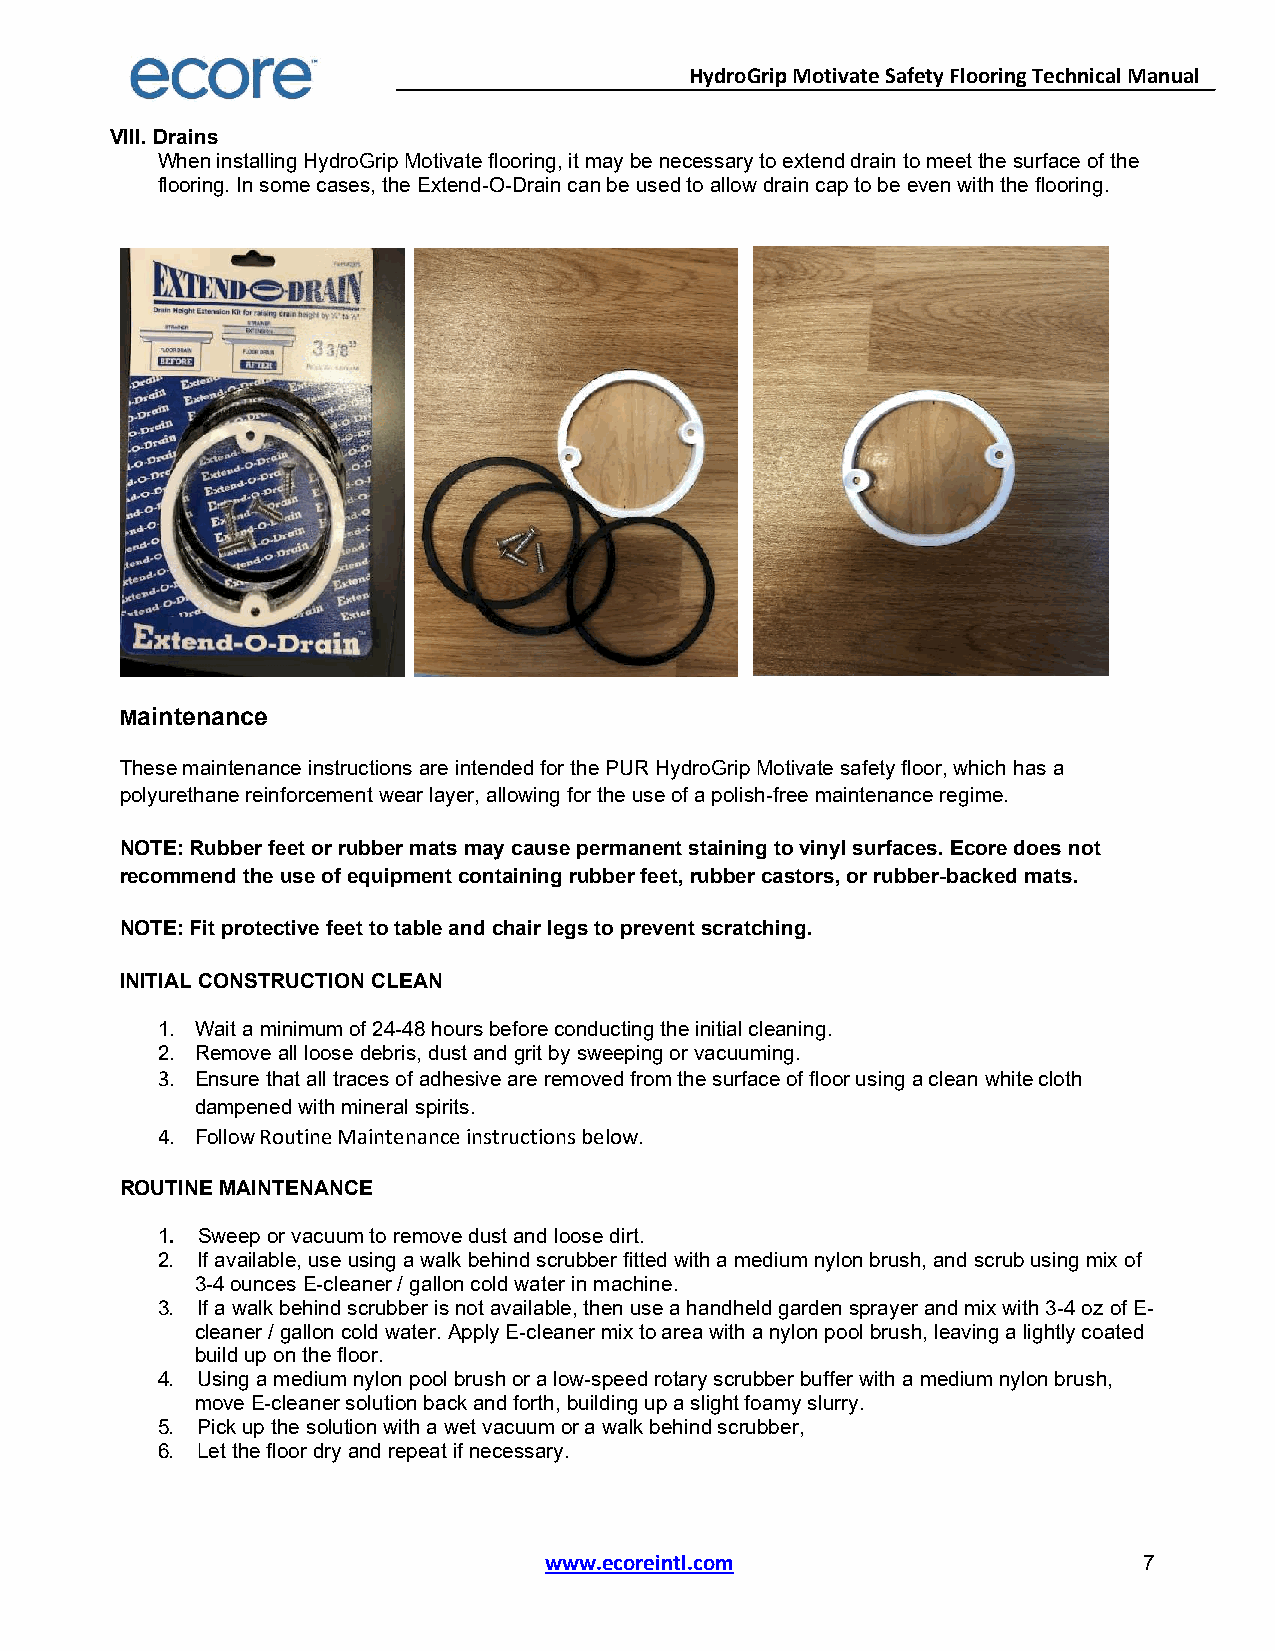
HydroGrip Motivate Safety Flooring Technical Manual
 VIII. Drains
 When installing HydroGrip Motivate flooring, it may be necessary to extend drain to meet the surface of the
 flooring. In some cases, the Extend-O-Drain can be used to allow drain cap to be even with the flooring.
 Maintenance
 These maintenance instructions are intended for the PUR HydroGrip Motivate safety floor, which has a
 polyurethane reinforcement wear layer, allowing for the use of a polish-free maintenance regime.
 NOTE: Rubber feet or rubber mats may cause permanent staining to vinyl surfaces. Ecore does not
 recommend the use of equipment containing rubber feet, rubber castors, or rubber-backed mats.
 NOTE: Fit protective feet to table and chair legs to prevent scratching.
 INITIAL CONSTRUCTION CLEAN
 1. Wait a minimum of 24-48 hours before conducting the initial cleaning.
 2. Remove all loose debris, dust and grit by sweeping or vacuuming.
 3. Ensure that all traces of adhesive are removed from the surface of floor using a clean white cloth
 dampened with mineral spirits.
 4. Follow Routine Maintenance instructions below.
 ROUTINE MAINTENANCE
 1. Sweep or vacuum to remove dust and loose dirt.
 2. If available, use using a walk behind scrubber fitted with a medium nylon brush, and scrub using mix of
 3-4 ounces E-cleaner / gallon cold water in machine.
 3. If a walk behind scrubber is not available, then use a handheld garden sprayer and mix with 3-4 oz of E-
 cleaner / gallon cold water. Apply E-cleaner mix to area with a nylon pool brush, leaving a lightly coated
 build up on the floor.
 4. Using a medium nylon pool brush or a low-speed rotary scrubber buffer with a medium nylon brush,
 move E-cleaner solution back and forth, building up a slight foamy slurry.
 5. Pick up the solution with a wet vacuum or a walk behind scrubber,
 6. Let the floor dry and repeat if necessary.
 www.ecoreintl.com                       7